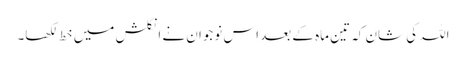
اللہ کی شان کہ تین ماہ کے بعد اس نوجوان نے انگلش میں خط لکھا۔